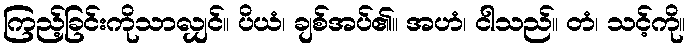
ကြည့်ခြင်းကိုသာလျှင်။ ပိယံ၊ ချစ်အပ်၏။ အဟံ၊ ငါသည်။ တံ၊ သင့်ကို။